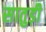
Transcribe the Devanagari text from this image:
सातुड़ी